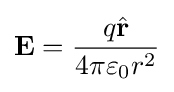
{\textbf {E}}={\frac {q{\hat {\mathbf {r} }}}{4\pi \varepsilon _{0}r^{2}}}